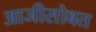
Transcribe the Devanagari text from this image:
आजीसोबत